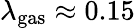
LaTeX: \lambda_{\mathrm{gas}}\approx 0.15